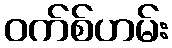
ဝက်စ်ဟမ်း